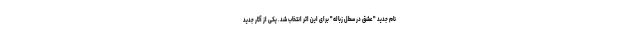
نام جدید "عشق در سطل زباله" برای این اثر انتخاب شد. یکی از آثار جدید